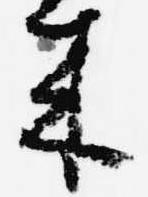
来